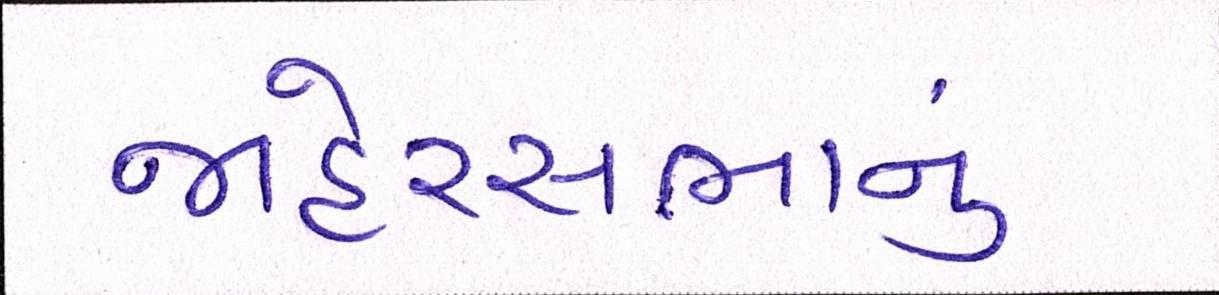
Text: જાહેરસભાનું